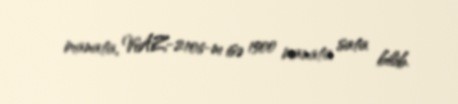
manata, VAZ-2106-nı isə 1500 manata sata bilib.